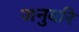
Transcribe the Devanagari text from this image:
जनुवरि